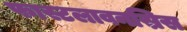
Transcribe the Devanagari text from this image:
फास्टलावनस्रिस